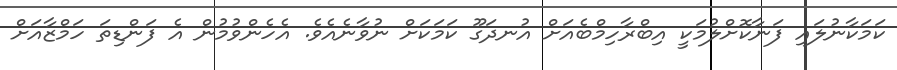
ކަމަކާނުލައި ފަނާކޮށްލުމަކީ އިބްރާހިމްބެއަށް އުނދަގޫ ކަމަކަށް ނުވާނެއެވެ. އެހެންވުމުން އެ ފަންޑިތަ ހަމްޒާއަށް